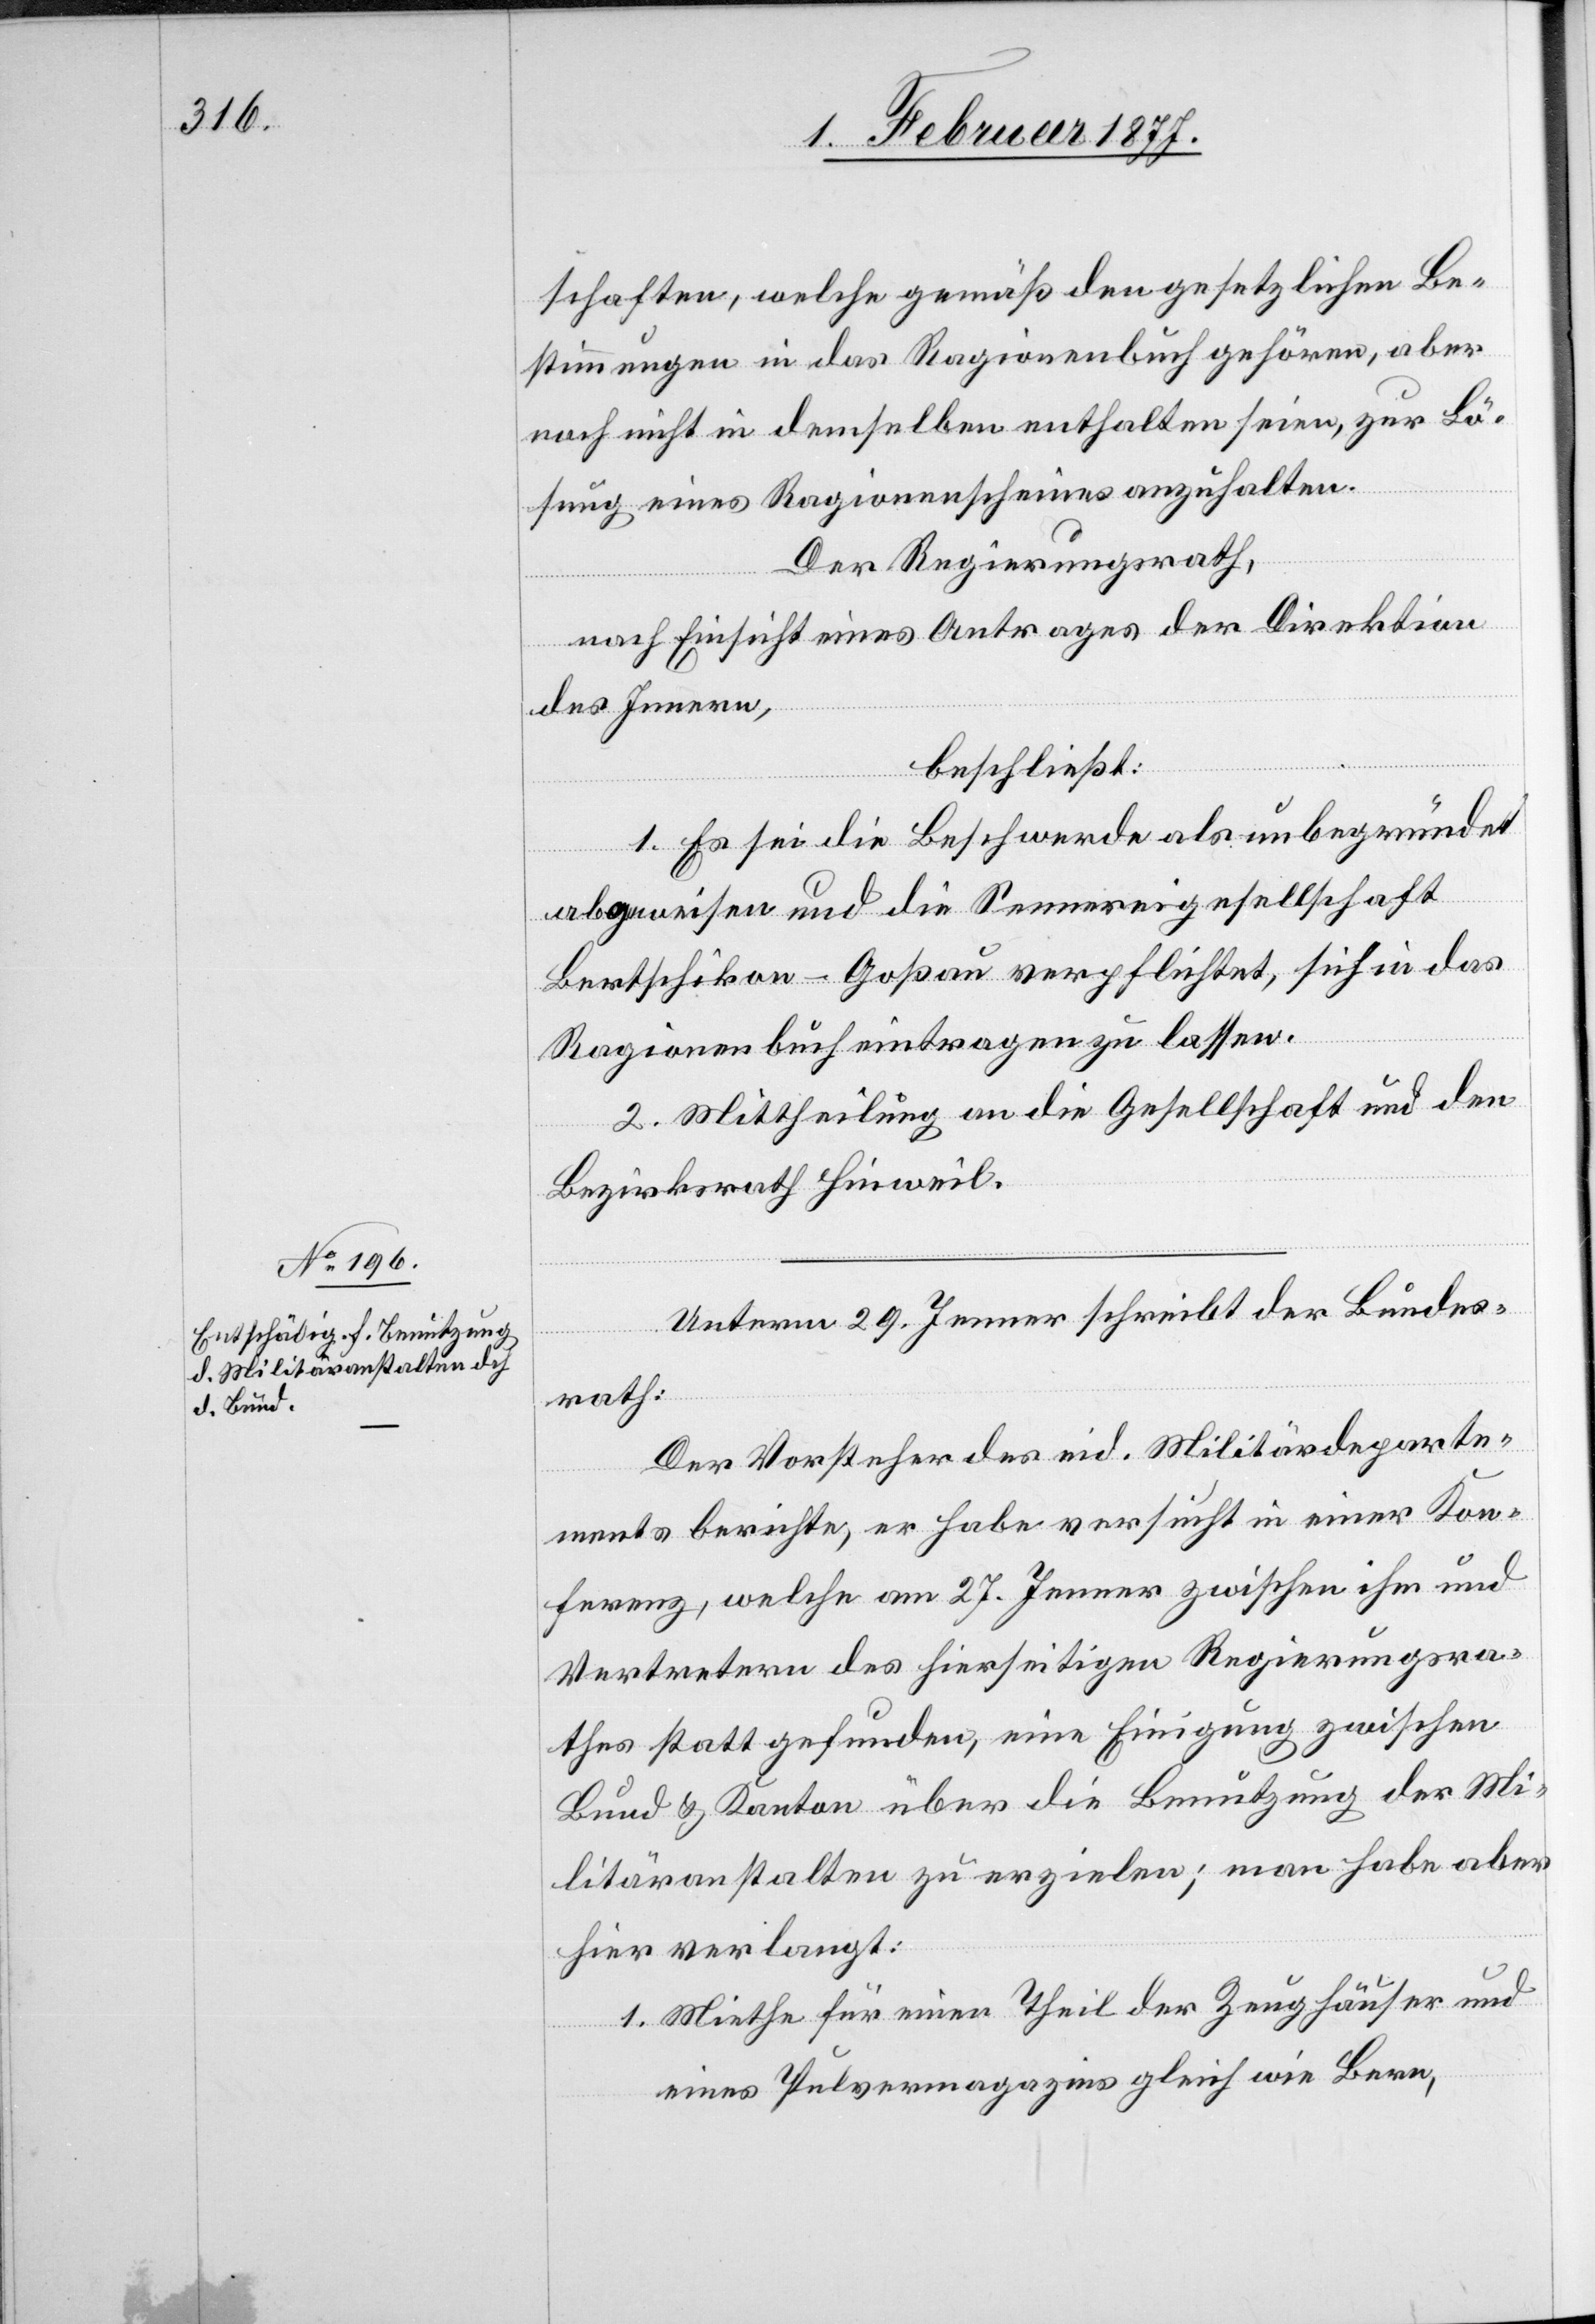
schaften, welche gemäß den gesetzlichen Be¬
stimmungen in das Ragionenbuch gehören, aber
noch nicht in demselben enthalten seien, zur Lö¬
sung eines Ragionenscheines anzuhalten.
Der Regierungsrath,
nach Einsicht eines Antrages der Direktion
des Innern,
beschließt:
1. Es sei die Beschwerde als unbegründet
abgewiesen und die Sennereigesellschaft
Bertschikon-Goßau verpflichtet, sich in das
Ragionenbuch eintragen zu lassen.
2. Mittheilung an die Gesellschaft und den
Bezirksrath Hinweil.
Unterm 29. Jenner schreibt der Bundes¬
rath:
Der Vorsteher des eid. Militärdeparte¬
ments berichte, er habe versucht in einer Kon¬
ferenz, welche am 27. Jenner zwischen ihm und
Vertretern des hierseitigen Regierungsra¬
thes statt gefunden, eine Einigung zwischen
Bund & Kanton über die Benutzung der Mi¬
litäranstalten zu erzielen; man habe aber
hier verlangt:
1. Miethe für einen Theil der Zeughäuser und
eines Pulvermagazins gleich wie Bern,